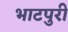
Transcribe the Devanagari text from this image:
भाटपुरी